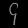
Digit: ၄